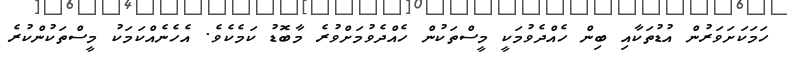
ހަމަކަށަވަރުން އުޑުތަކާއި ބިން ހެއްދެވުމަކީ މީސްތަކުން ހެއްދެވުމަށްވުރެ މާބޮޑު ކަމެކެވެ. އެހެނެއްކަމަކު މީސްތަކުންކުރެ